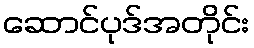
ဆောင်ပုဒ်အတိုင်း